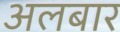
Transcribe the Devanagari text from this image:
अलबार